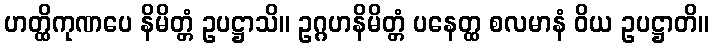
ဟတ္ထိကုဏပေ နိမိတ္တံ ဥပဋ္ဌာသိ။ ဥဂ္ဂဟနိမိတ္တံ ပနေတ္ထ စလမာနံ ဝိယ ဥပဋ္ဌာတိ။